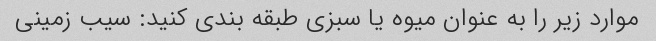
موارد زیر را به عنوان میوه یا سبزی طبقه بندی کنید: سیب زمینی